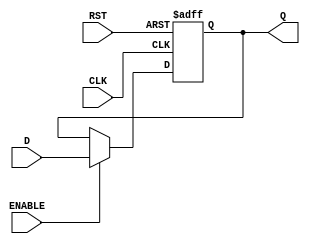
module DataRegister #(parameter WIDTH = 8) (
    input wire [WIDTH-1:0] D,      // Data input
    input wire CLK,                 // Clock input
    input wire RST,                 // Reset input (active high)
    input wire ENABLE,              // Enable signal (active high)
    output reg [WIDTH-1:0] Q        // Data output
);

    // Asynchronous reset and capturing data on clock edge
    always @(posedge CLK or posedge RST) begin
        if (RST) begin
            Q <= {WIDTH{1'b0}};      // Clear output to zero
        end else if (ENABLE) begin
            Q <= D;                  // Update output with input data
        end
        // If ENABLE is not asserted, Q retains its value
    end

endmodule